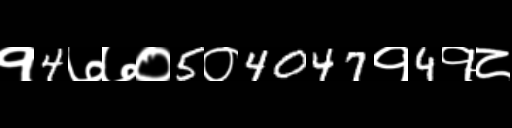
Text: १4७७०5०4047१4१८